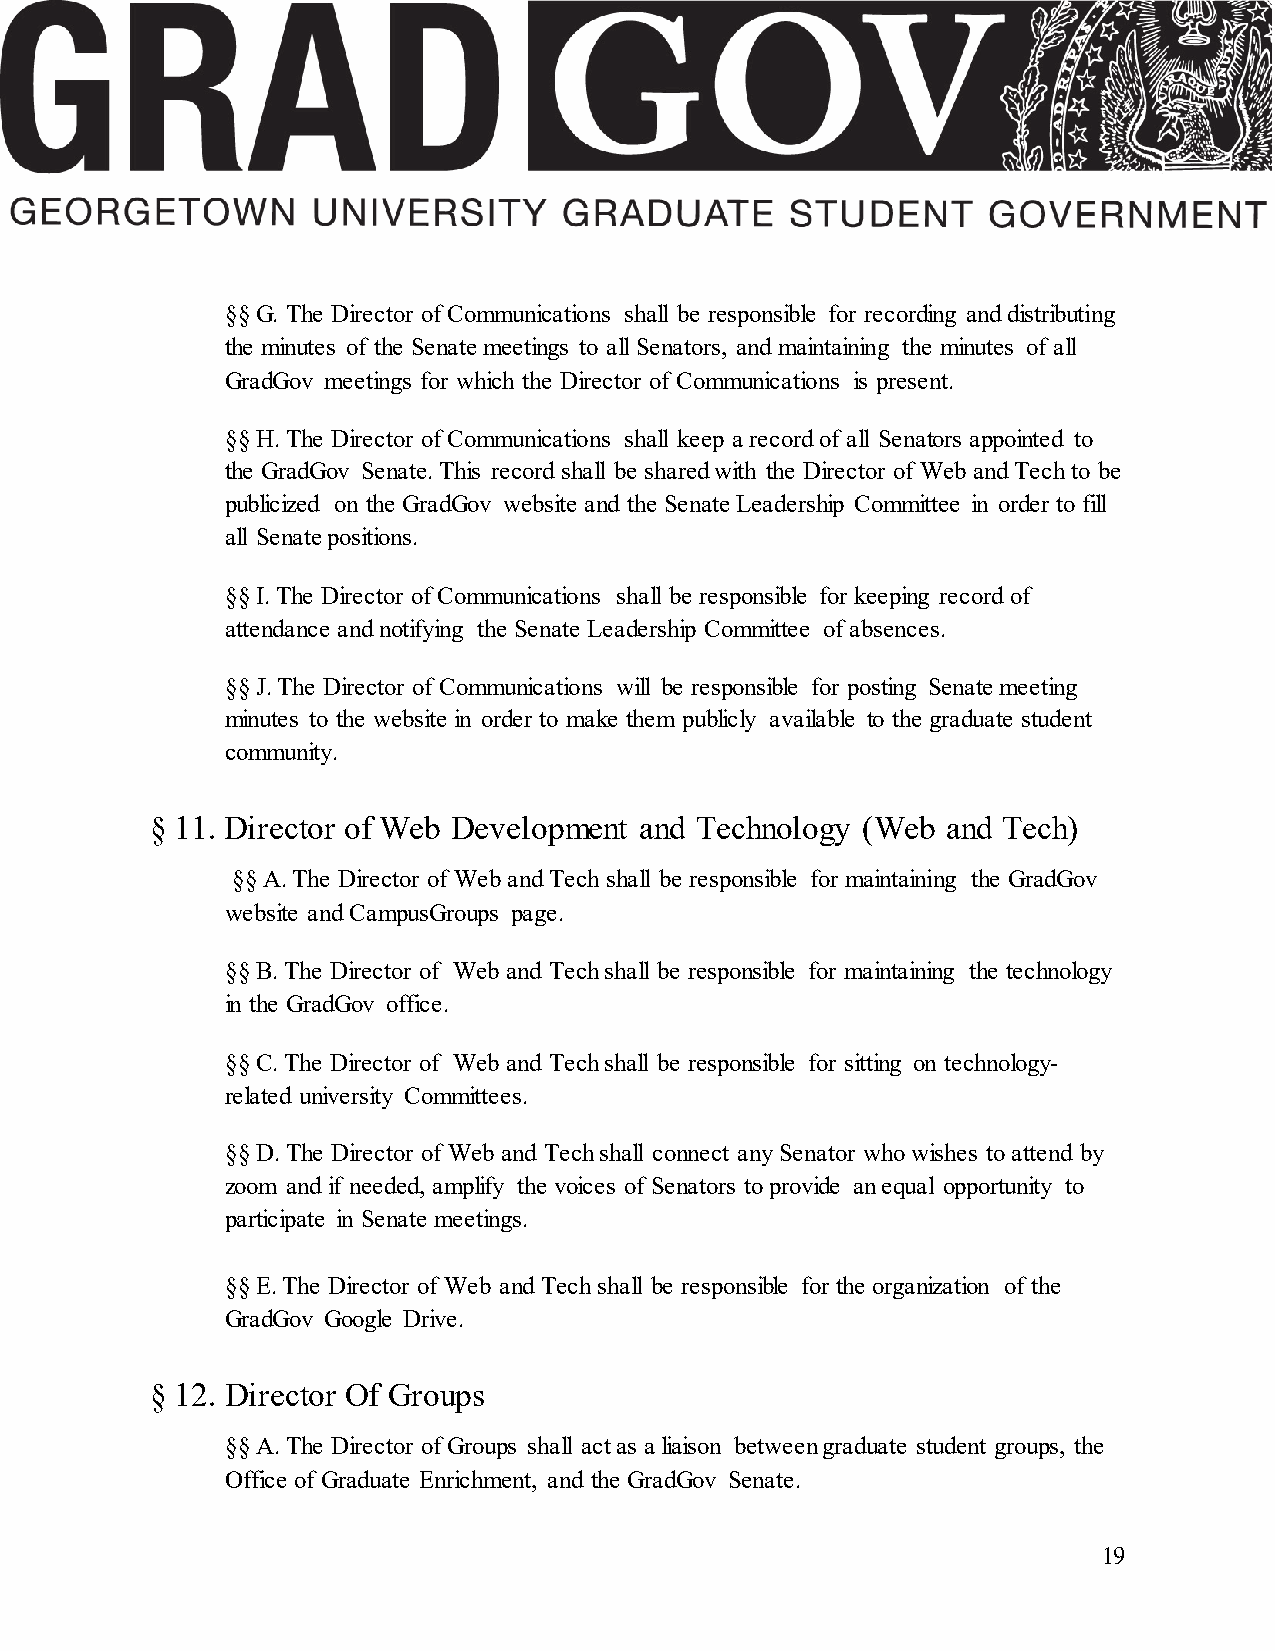
§§ G. The Director of Communications shall be responsible for recording and distributing
 the minutes of the Senate meetings to all Senators, and maintaining the minutes of all
 GradGov meetings for which the Director of Communications is present.
 §§ H. The Director of Communications shall keep a record of all Senators appointed to
 the GradGov Senate. This record shall be shared with the Director of Web and Tech to be
 publicized on the GradGov website and the Senate Leadership Committee in order to fill
 all Senate positions.
 §§ I. The Director of Communications shall be responsible for keeping record of
 attendance and notifying the Senate Leadership Committee of absences.
 §§ J. The Director of Communications will be responsible for posting Senate meeting
 minutes to the website in order to make them publicly available to the graduate student
 community.
 § 11. Director of Web Development and Technology (Web and Tech)
 §§ A. The Director of Web and Tech shall be responsible for maintaining the GradGov
 website and CampusGroups page.
 §§ B. The Director of Web and Tech shall be responsible for maintaining the technology
 in the GradGov office.
 §§ C. The Director of Web and Tech shall be responsible for sitting on technology-
 related university Committees.
 §§ D. The Director of Web and Tech shall connect any Senator who wishes to attend by
 zoom and if needed, amplify the voices of Senators to provide an equal opportunity to
 participate in Senate meetings.
 §§ E. The Director of Web and Tech shall be responsible for the organization of the
 GradGov Google Drive.
 § 12. Director Of Groups
 §§ A. The Director of Groups shall act as a liaison between graduate student groups, the
 Office of Graduate Enrichment, and the GradGov Senate.
 19